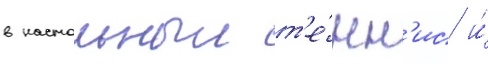
в настольныи т'е́нн'ис и́